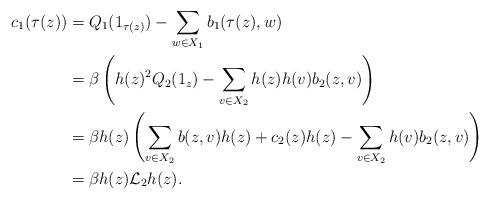
LaTeX: \begin{align*}c_1(\tau(z)) &= Q_1(1_{\tau(z)}) - \sum_{w \in X_1} b_1(\tau(z),w)\\&= \beta \left(h(z)^2 Q_2(1_z) - \sum_{v \in X_2} h(z)h(v) b_2(z,v) \right)\\&= \beta h(z) \left(\sum_{v \in X_2} b(z,v)h(z) + c_2(z)h(z) - \sum_{v \in X_2} h(v) b_2(z,v) \right)\\&= \beta h(z) \mathcal{L}_2 h (z).\end{align*}